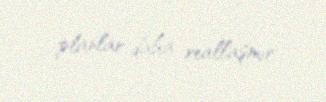
planlar daha reallaşmır.